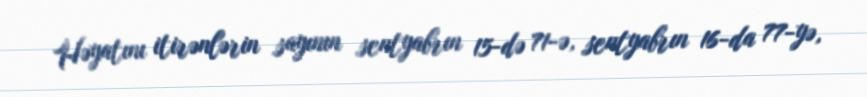
Həyatını itirənlərin sayının sentyabrın 15-də 71-ə, sentyabrın 16-da 77-yə,